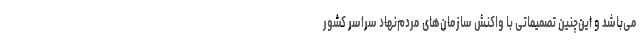
می‌باشد و این‌چنین تصمیماتی با واکنش سازمان‌های مردم‌نهاد سراسر کشور